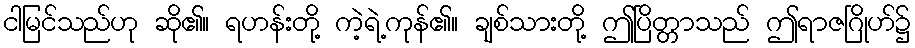
ငါမြင်သည်ဟု ဆို၏။ ရဟန်းတို့ ကဲ့ရဲ့ကုန်၏။ ချစ်သားတို့ ဤပြိတ္တာသည် ဤရာဇဂြိုဟ်၌